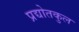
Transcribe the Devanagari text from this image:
प्रद्योतकुल